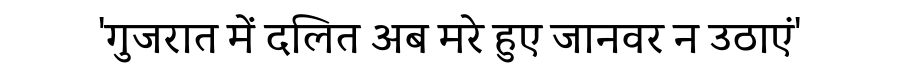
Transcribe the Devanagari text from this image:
'गुजरात में दलित अब मरे हुए जानवर न उठाएं'